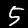
Digit: 5